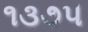
૧૩૭૫